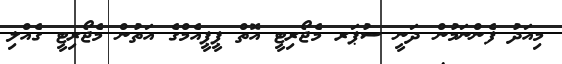
މިއަދު ފެންނަމުން ދަނީ ސުޕަރ މެޖޯރިޓީ އޮތް ޕީޕީއެމްގެ އަތުން މެޖޯރިޓީ ގެއްލި